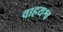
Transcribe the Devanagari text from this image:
वाहयश्व